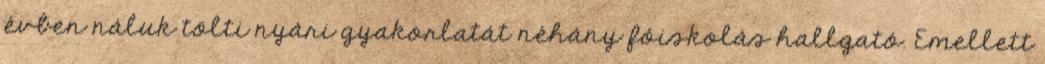
évben náluk tölti nyári gyakorlatát néhány fôiskolás hallgató. Emellett